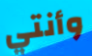
وأنتي